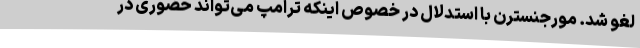
لغو شد. مورجنسترن با استدلال در خصوص اینکه ترامپ می‌تواند حضوری در